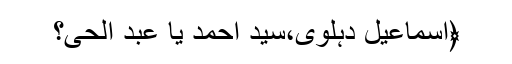
﴿اسماعیل دہلوی،سید احمد یا عبد الحی؟